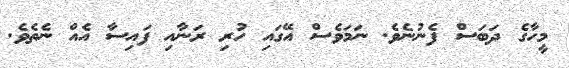
މީހާގެ ދަބަސް ފެނުނެވެ. ނަމަވެސް އޭގައި ހުރި ރަނާއި ފައިސާ އެއް ނެތެވެ.